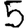
Digit: 5